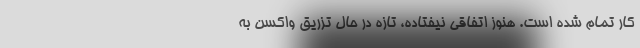
کار تمام ‌شده است. هنوز اتفاقی نیفتاده، تازه در حال تزریق واکسن به